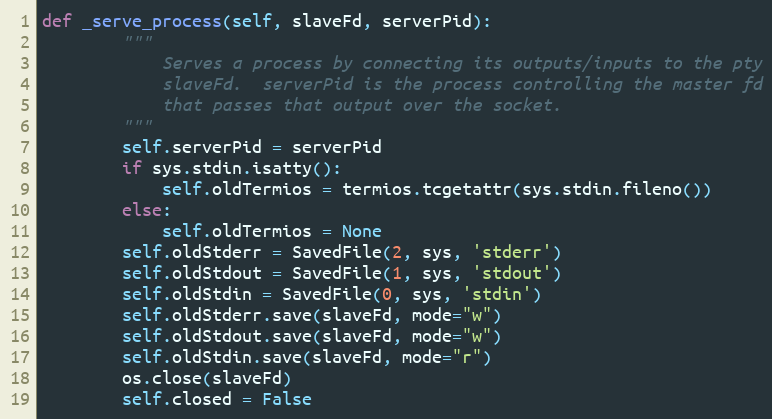
Language: Python
def _serve_process(self, slaveFd, serverPid):
        """
            Serves a process by connecting its outputs/inputs to the pty
            slaveFd.  serverPid is the process controlling the master fd
            that passes that output over the socket.
        """
        self.serverPid = serverPid
        if sys.stdin.isatty():
            self.oldTermios = termios.tcgetattr(sys.stdin.fileno())
        else:
            self.oldTermios = None
        self.oldStderr = SavedFile(2, sys, 'stderr')
        self.oldStdout = SavedFile(1, sys, 'stdout')
        self.oldStdin = SavedFile(0, sys, 'stdin')
        self.oldStderr.save(slaveFd, mode="w")
        self.oldStdout.save(slaveFd, mode="w")
        self.oldStdin.save(slaveFd, mode="r")
        os.close(slaveFd)
        self.closed = False